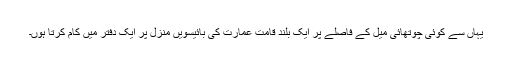
یہاں سے کوئی چوتھائی میل کے فاصلے پر ایک بلند قامت عمارت کی بائیسویں منزل پر ایک دفتر میں کام کرتا ہوں۔